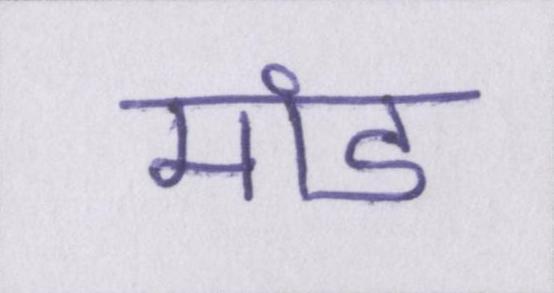
मांड